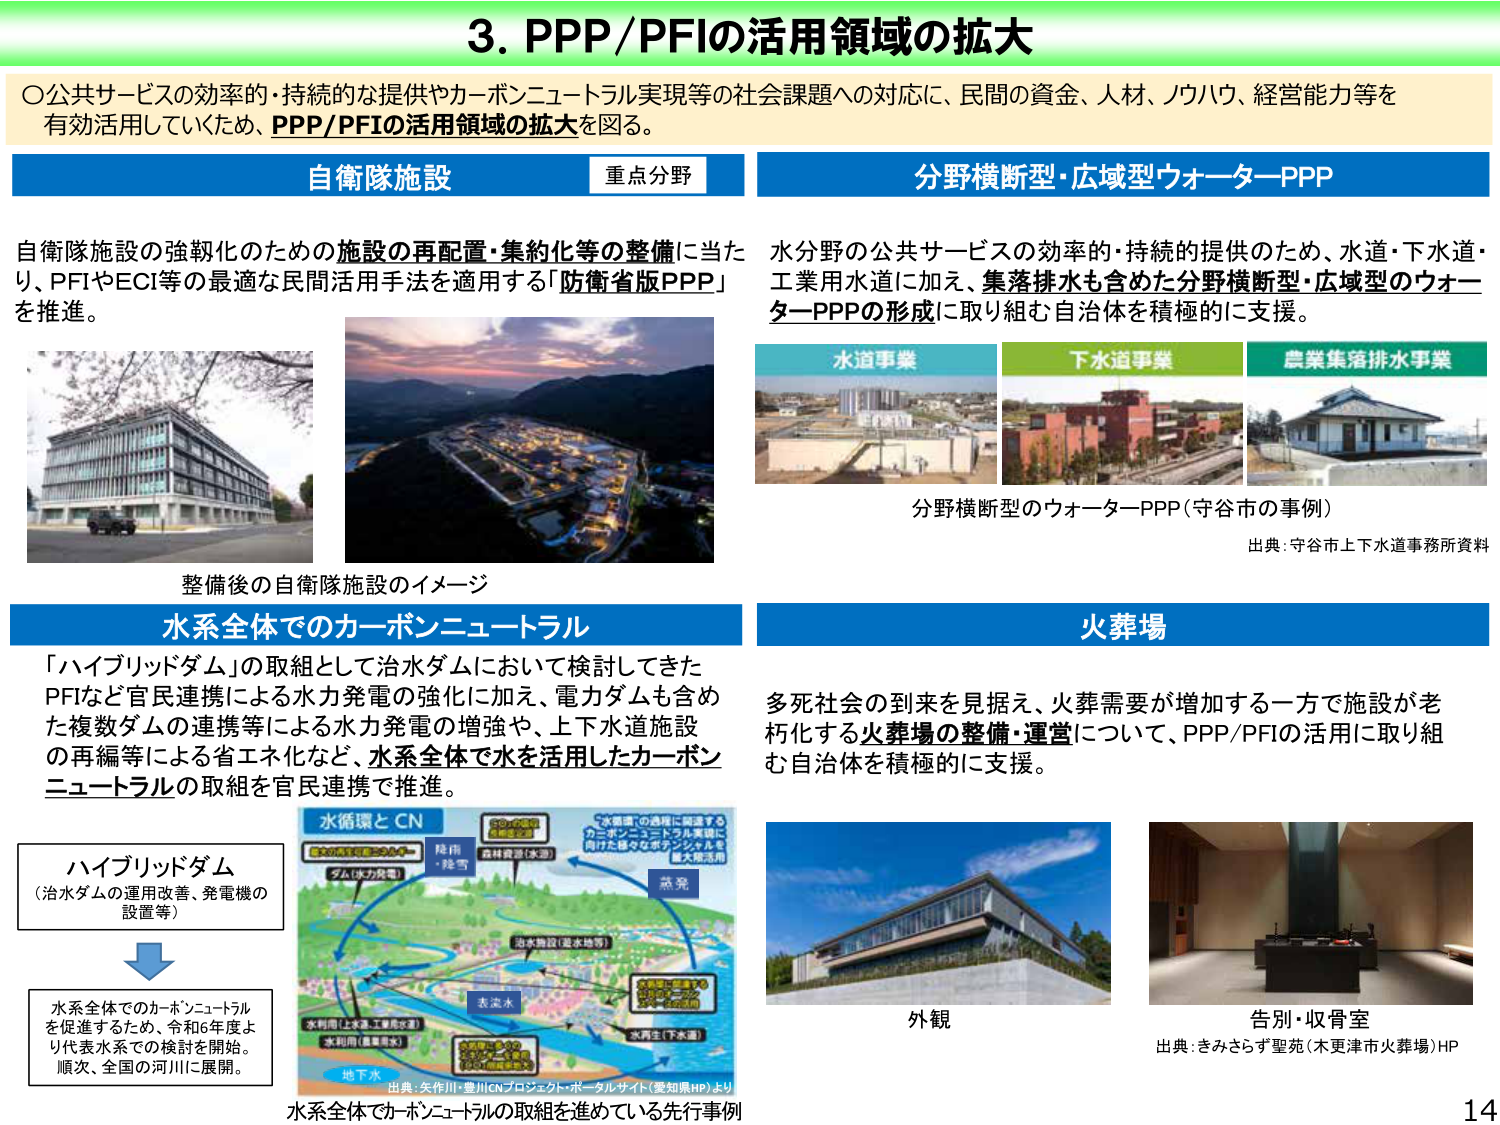
3. PPP/PFIの活用領域の拡大

〇公共サービスの効率的・持続的な提供やカーボンニュートラル実現等の社会課題への対応に、民間の資金、人材、ノウハウ、経営能力等を有効活用していくため、PPP/PFIの活用領域の拡大を図る。

自衛隊施設 重点分野

自衛隊施設の強靭化のための施設の再配置・集約化等の整備に当たり、PFIやECI等の最適な民間活用手法を適用する「防衛省版PPP」を推進。

整備後の自衛隊施設のイメージ

分野横断型・広域型ウォーターPPP

水分野の公共サービスの効率的・持続的提供のため、水道・下水道・工業用水道に加え、集落排水も含めた分野横断型・広域型のウォーターPPPの形成に取り組む自治体を積極的に支援。

水道事業
下水道事業
農業集落排水事業

分野横断型のウォーターPPP（守谷市の事例）
出典：守谷市上下水道事務所資料

水系全体でのカーボンニュートラル

「ハイブリッドダム」の取組として治水ダムにおいて検討してきたPFIなど官民連携による水力発電の強化に加え、電力ダムも含めた複数ダムの連携等による水力発電の増強や、上下水道施設の再編等による省エネ化など、水系全体で水を活用したカーボンニュートラルの取組を官民連携で推進。

ハイブリッドダム
（治水ダムの運用改善、発電機の設置等）

水系全体でのカーボンニュートラルを促進するため、令和6年度より代表水系での検討を開始。順次、全国の河川に展開。

水循環とCN
降雨水・融雪
森林資源（水源）
蒸発
治水施設（貯水池等）
表流水
水利用（上水道、工業用水等）
水利用（農業用水）
水再生（下水等）
地下水
「水循環」の活用に精通するカーボンニュートラル実現に向けた様々なポテンシャルを最大限活用

出典：矢作川・豊川CNプロジェクト・ポータルサイト（愛知県HP）より

水系全体でカーボンニュートラルの取組を進めている先行事例

火葬場

多死社会の到来を見据え、火葬需要が増加する一方で施設が老朽化する火葬場の整備・運営について、PPP/PFIの活用に取り組む自治体を積極的に支援。

外観
告別・収骨室
出典：きみさらず聖苑（木更津市火葬場）HP

14